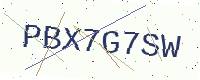
Text: PBX7G7SW